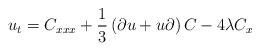
LaTeX: \begin{align*}u_{t} = C_{xxx} + {1\over 3} \left(\partial u + u \partial\right) C -4 \lambda C_{x}\end{align*}